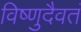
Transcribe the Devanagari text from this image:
विष्णुदैवतं